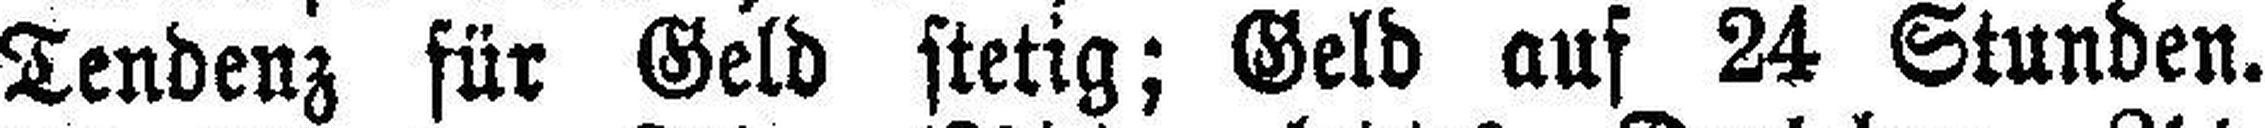
Tendenz für Geld stetig; Geld auf 24 Stunden.